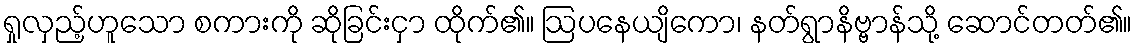
ရှုလှည့်ဟူသော စကားကို ဆိုခြင်းငှာ ထိုက်၏။ ဩပနေယျိကော၊ နတ်ရွာနိဗ္ဗာန်သို့ ဆောင်တတ်၏။